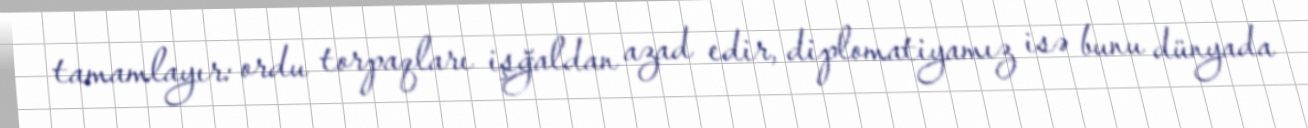
tamamlayır: ordu torpaqları işğaldan azad edir, diplomatiyamız isə bunu dünyada